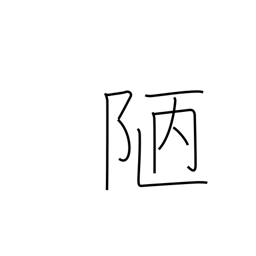
Meaning: meanness